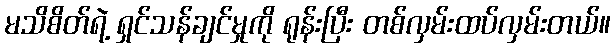
မသိစိတ်ရဲ့ ရှင်သန်ချင်မှုကို ရုန်းပြီး တစ်လှမ်းထပ်လှမ်းတယ်။